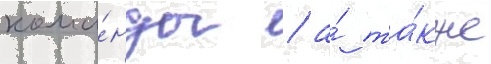
кома́нды / а́ та́кже